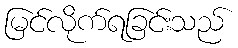
မြင်လိုက်ရခြင်းသည်